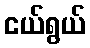
ငယ်ရွယ်